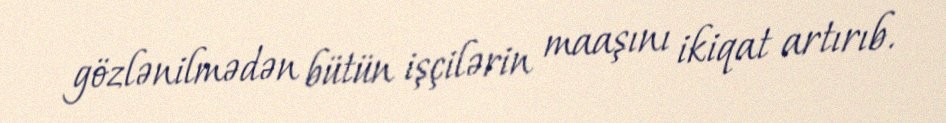
gözlənilmədən bütün işçilərin maaşını ikiqat artırıb.